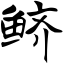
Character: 鲚